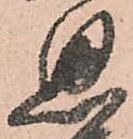
思